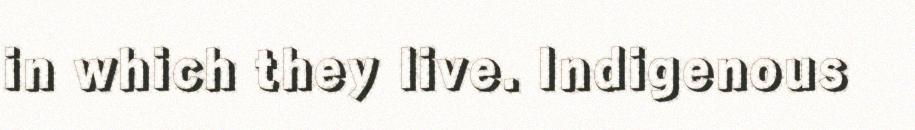
in which they live. Indigenous